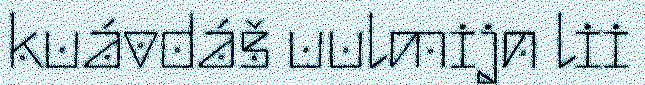
kuávdáš uulmijn lii